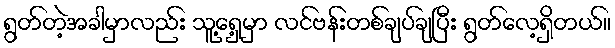
ရွတ်တဲ့အခါမှာလည်း သူ့ရှေ့မှာ လင်ဗန်းတစ်ချပ်ချပြီး ရွတ်လေ့ရှိတယ်။